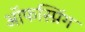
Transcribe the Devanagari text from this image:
ऑफस्प्रिंग